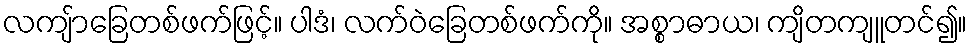
လကျ်ာခြေတစ်ဖက်ဖြင့်။ ပါဒံ၊ လက်ဝဲခြေတစ်ဖက်ကို။ အစ္စာဓာယ၊ ကျိတကျူတင်၍။